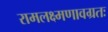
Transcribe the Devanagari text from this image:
रामलक्ष्मणावग्रतः